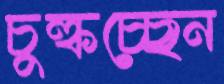
চুল্‌কচ্ছেন